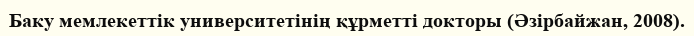
Баку мемлекеттік университетінің құрметті докторы (Әзірбайжан, 2008).